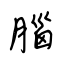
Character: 腦